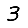
Digit: 3